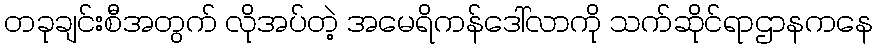
တခုချင်းစီအတွက် လိုအပ်တဲ့ အမေရိကန်ဒေါ်လာကို သက်ဆိုင်ရာဌာနကနေ